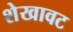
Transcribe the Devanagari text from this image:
शेखावट